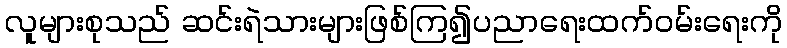
လူများစုသည် ဆင်းရဲသားများဖြစ်ကြ၍ပညာရေးထက်ဝမ်းရေးကို